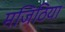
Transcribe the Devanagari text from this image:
मजिठिया